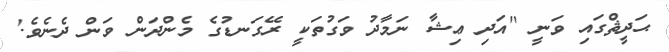
ޙަދީޘްގައި ވަނީ ''އަދި ޢިޝާ ނަމާދު ވަގުތަކީ ރޭގަނޑުގެ މެންދަން ވަން ދެނެވެ.'